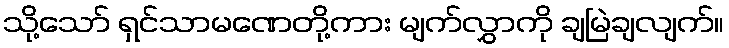
သို့သော် ရှင်သာမဏေတို့ကား မျက်လွှာကို ချမြဲချလျက်။